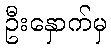
ဦးနှောက်မှ